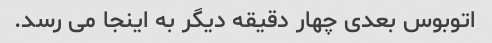
اتوبوس بعدی چهار دقیقه دیگر به اینجا می رسد.